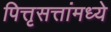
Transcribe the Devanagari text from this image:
पित्तृसत्तांमध्ये